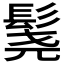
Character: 𬴨